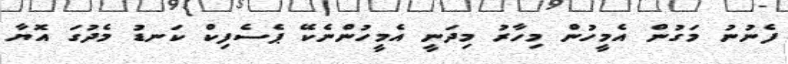
ފެނުނު މަގުން އެމީހުން މިހާރު މިދަނީ އެމީހުންނެކޭ ޕެސެފިކް ކަނޑު މެދުގަ އޮޔާ